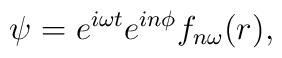
\psi =  e^{i\omega t} e^{in\phi} f_{n\omega}(r),